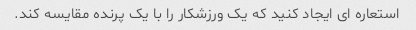
استعاره ای ایجاد کنید که یک ورزشکار را با یک پرنده مقایسه کند.